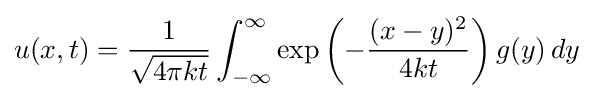
u(x,t)={\frac {1}{\sqrt {4\pi kt}}}\int _{-\infty }^{\infty }\exp \left(-{\frac {(x-y)^{2}}{4kt}}\right)g(y)\,dy